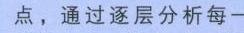
点，通过逐层分析每一